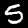
Digit: 5